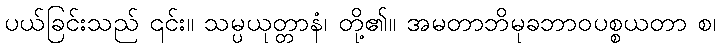
ပယ်ခြင်းသည် ၎င်း။ သမ္ပယုတ္တာနံ၊ တို့၏။ အမတာဘိမုခဘာဝပစ္စယတာ စ၊